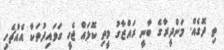
ތި ދޮގެއް. މަންދީރާގެ ބާނީ ރައްޒާގު މީތި ކޮޅައް ޖެހީ ގަވައިދުތަކާ އެއްޗެހި